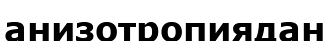
анизотропиядан